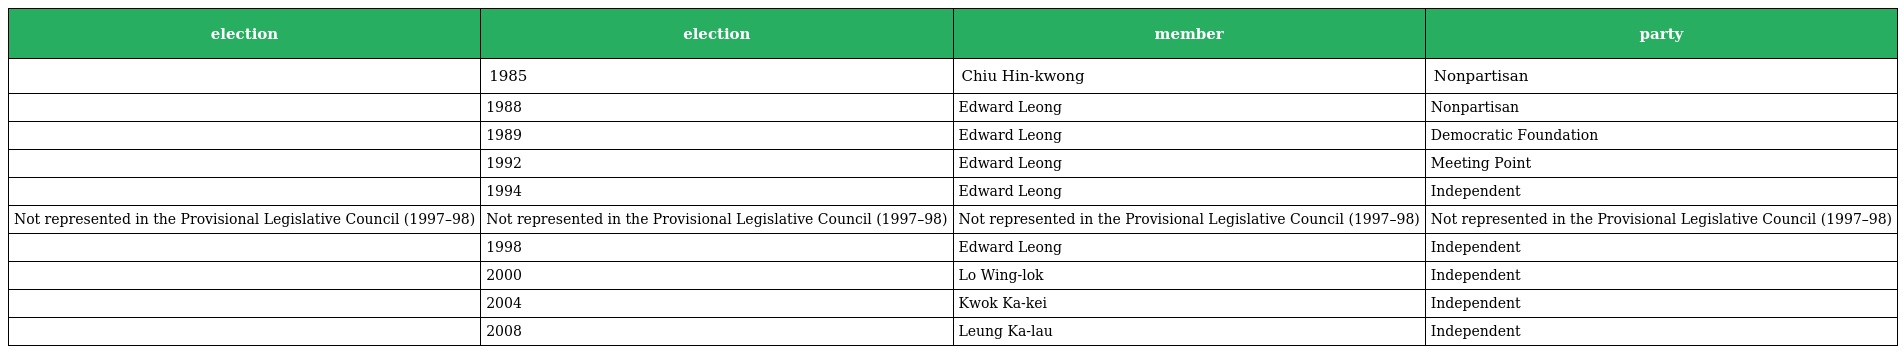
| election | election | member | party |
 | --- | --- | --- | --- |
 |  | 1985 | Chiu Hin-kwong | Nonpartisan |
 |  | 1988 | Edward Leong | Nonpartisan |
 |  | 1989 | Edward Leong | Democratic Foundation |
 |  | 1992 | Edward Leong | Meeting Point |
 |  | 1994 | Edward Leong | Independent |
 | Not represented in the Provisional Legislative Council (1997–98) | Not represented in the Provisional Legislative Council (1997–98) | Not represented in the Provisional Legislative Council (1997–98) | Not represented in the Provisional Legislative Council (1997–98) |
 |  | 1998 | Edward Leong | Independent |
 |  | 2000 | Lo Wing-lok | Independent |
 |  | 2004 | Kwok Ka-kei | Independent |
 |  | 2008 | Leung Ka-lau | Independent |